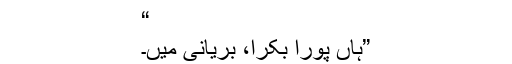
“
”ہاں پورا بکرا، بریانی میں۔